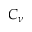
C _ { \nu }